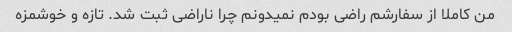
من کاملا از سفارشم راضی بودم نمیدونم چرا ناراضی ثبت شد. تازه و خوشمزه